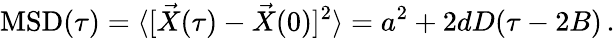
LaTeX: \operatorname{MSD}(\tau)=\langle[\vec{X}(\tau)-\vec{X}(0)]^{2}\rangle=a^{2}+2dD(\tau-2B)\, .